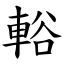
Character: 輍